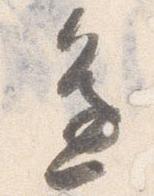
辺